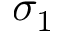
\sigma _ { 1 }